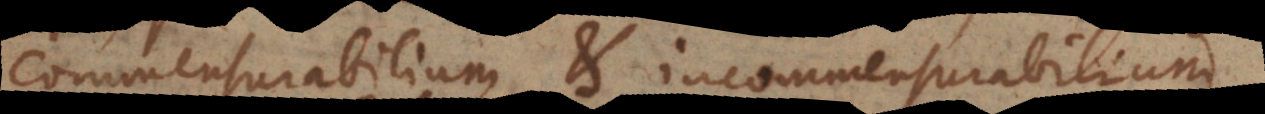
commensurabilium et incommensurabilium.